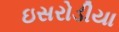
ઇસરોડીયા